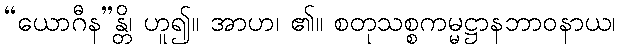
“ယောဂီန”န္တိ၊ ဟူ၍။ အာဟ၊ ၏။ စတုသစ္စကမ္မဋ္ဌာနဘာဝနာယ၊